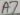
Text: A7